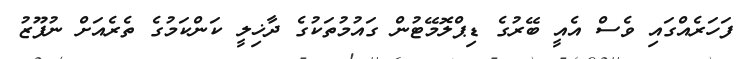
ފަހަރެއްގައި ވެސް އެއީ ބޭރުގެ ޑިޕްލޮމޭޓުން ގައުމުތަކުގެ ދާޚިލީ ކަންކަމުގެ ތެރެއަށް ނުފޫޒު